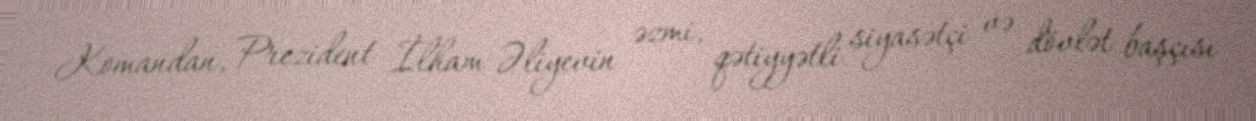
Komandan, Prezident İlham Əliyevin əzmi, qətiyyətli siyasətçi və dövlət başçısı